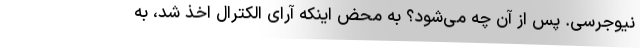
نیوجرسی. پس از آن چه می‌شود؟ به محض اینکه آرای الکترال اخذ شد، به